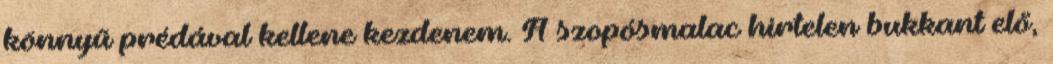
könnyű prédával kellene kezdenem. A szopósmalac hirtelen bukkant elő,